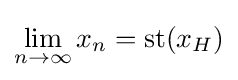
\lim _{n\to \infty }x_{n}={\rm {st}}(x_{H})